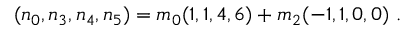
( n _ { 0 } , n _ { 3 } , n _ { 4 } , n _ { 5 } ) = m _ { 0 } ( 1 , 1 , 4 , 6 ) + m _ { 2 } ( - 1 , 1 , 0 , 0 ) \ .